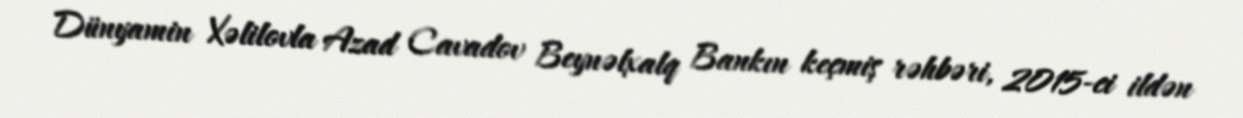
Dünyamin Xəlilovla Azad Cavadov Beynəlxalq Bankın keçmiş rəhbəri, 2015-ci ildən